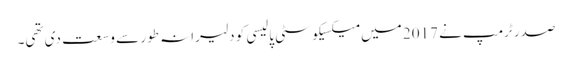
صدر ٹرمپ نے 2017 میں میکسیکو سٹی پالیسی کو دلیرانہ طور سے وسعت دی تھی۔